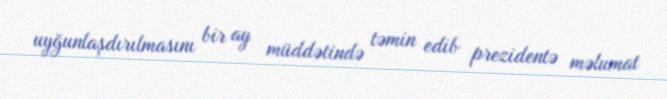
uyğunlaşdırılmasını bir ay müddətində təmin edib prezidentə məlumat